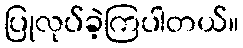
ပြုလုပ်ခဲ့ကြပါတယ်။